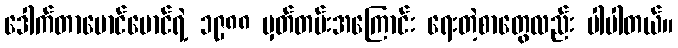
ဒေါက်တာမောင်မောင်ရဲ့ ၁၉၈၈ မှတ်တမ်းအကြောင်း ရေးတဲ့စာတွေလည်း ပါပါတယ်။